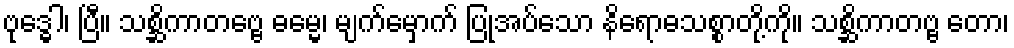
ဗုဒ္ဓေါ၊ ပြီ။ သစ္ဆိကာတဗ္ဗေ ဓမ္မေ၊ မျက်မှောက် ပြုအပ်သော နိရောဓသစ္စာတို့ကို။ သစ္ဆိကာတဗ္ဗ တော၊